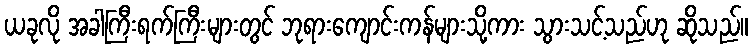
ယခုလို အခါကြီးရက်ကြီးများတွင် ဘုရားကျောင်းကန်များသို့ကား သွားသင့်သည်ဟု ဆိုသည်။